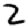
Digit: 2